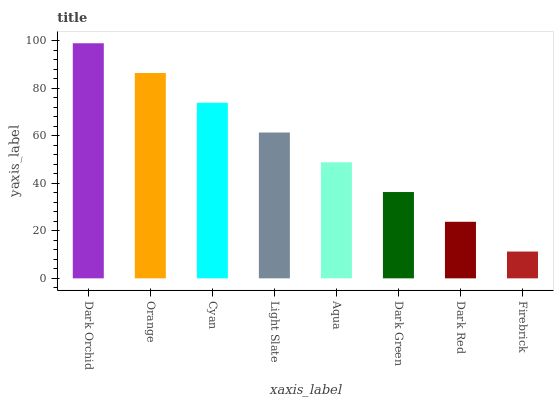
| xaxis_label | bars |
 | --- | --- |
 | Dark Orchid | 99 |
 | Orange | 86.5 |
 | Cyan | 73.9 |
 | Light Slate | 61.4 |
 | Aqua | 48.9 |
 | Dark Green | 36.3 |
 | Dark Red | 23.8 |
 | Firebrick | 11.3 |